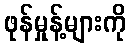
ဖုန်မှုန့်များကို